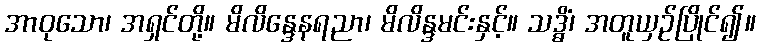
အာဝုသော၊ အရှင်တို့။ မိလိန္ဒေနရညာ၊ မိလိန္ဒမင်းနှင့်။ သဒ္ဓိံ၊ အတူယှဉ်ပြိုင်၍။